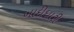
ખાદીધારી